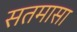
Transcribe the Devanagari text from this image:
सतमासा